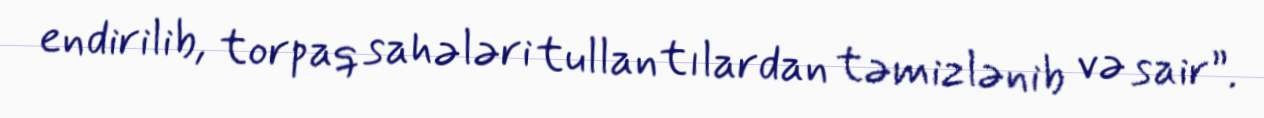
endirilib, torpaq sahələri tullantılardan təmizlənib və sair”.